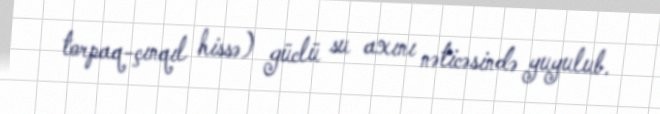
torpaq-çınqıl hissə) güclü su axını nəticəsində yuyulub.